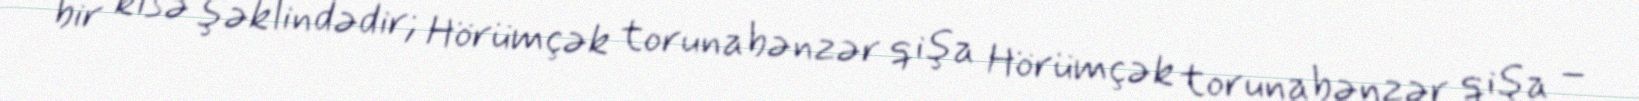
bir kisə şəklindədir; Hörümçək torunabənzər qişa Hörümçək torunabənzər qişa –